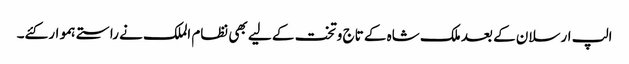
الپ ارسلان کے بعد ملک شاہ کے تاج وتخت کے لیے بھی نظام الملک نے راستے ہموار کئے۔